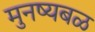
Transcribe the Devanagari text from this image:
मुनष्यबळ